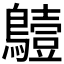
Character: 𪆖